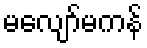
မလျော်မကန်